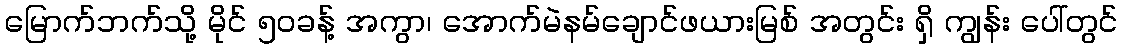
မြောက်ဘက်သို့ မိုင် ၅၀ခန့် အကွာ၊ အောက်မဲနမ်ချောင်ဖယားမြစ် အတွင်း ရှိ ကျွန်း ပေါ်တွင်